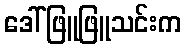
ဒေါ်ဖြူဖြူသင်းက